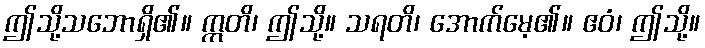
ဤသို့သဘောရှိ၏။ ဣတိ၊ ဤသို့။ သရတိ၊ အောက်မေ့၏။ ဧဝံ၊ ဤသို့။